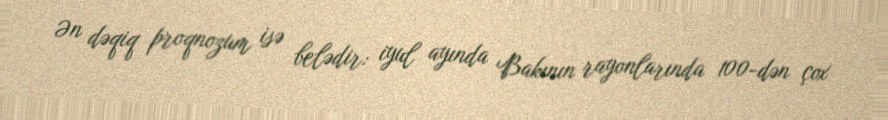
Ən dəqiq proqnozum isə belədir: iyul ayında Bakının rayonlarında 100-dən çox